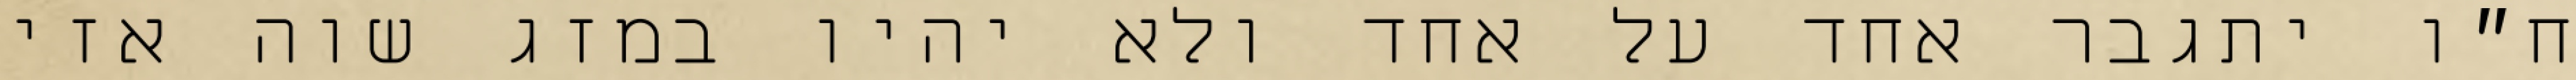
ח״ו יתגבר אחד על אחד ולא יהיו במזג שוה אזי